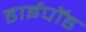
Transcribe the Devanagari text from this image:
डाईपॉड